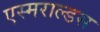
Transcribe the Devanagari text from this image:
एस्मराल्डस